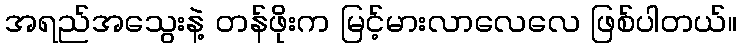
အရည်အသွေးနဲ့ တန်ဖိုးက မြင့်မားလာလေလေ ဖြစ်ပါတယ်။